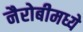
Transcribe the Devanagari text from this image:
नैरोबीमध्ये